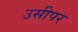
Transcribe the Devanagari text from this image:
उसीपर